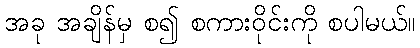
အခု အချိန်မှ စ၍ စကားဝိုင်းကို စပါမယ်။